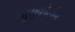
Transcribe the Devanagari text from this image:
बुयुकोर्हान